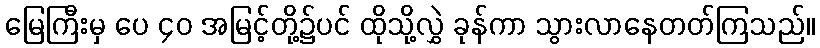
မြေကြီးမှ ပေ ၄၀ အမြင့်တို့၌ပင် ထိုသို့လွှဲ ခုန်ကာ သွားလာနေတတ်ကြသည်။